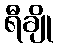
ရီချို